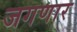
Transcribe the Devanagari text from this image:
जगणार